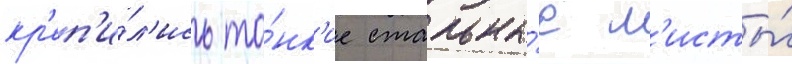
кр'еп'и́л'ись то́нк'ие стальны́е л'исты́